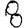
Digit: 8